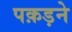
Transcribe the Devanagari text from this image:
पक़ड़ने